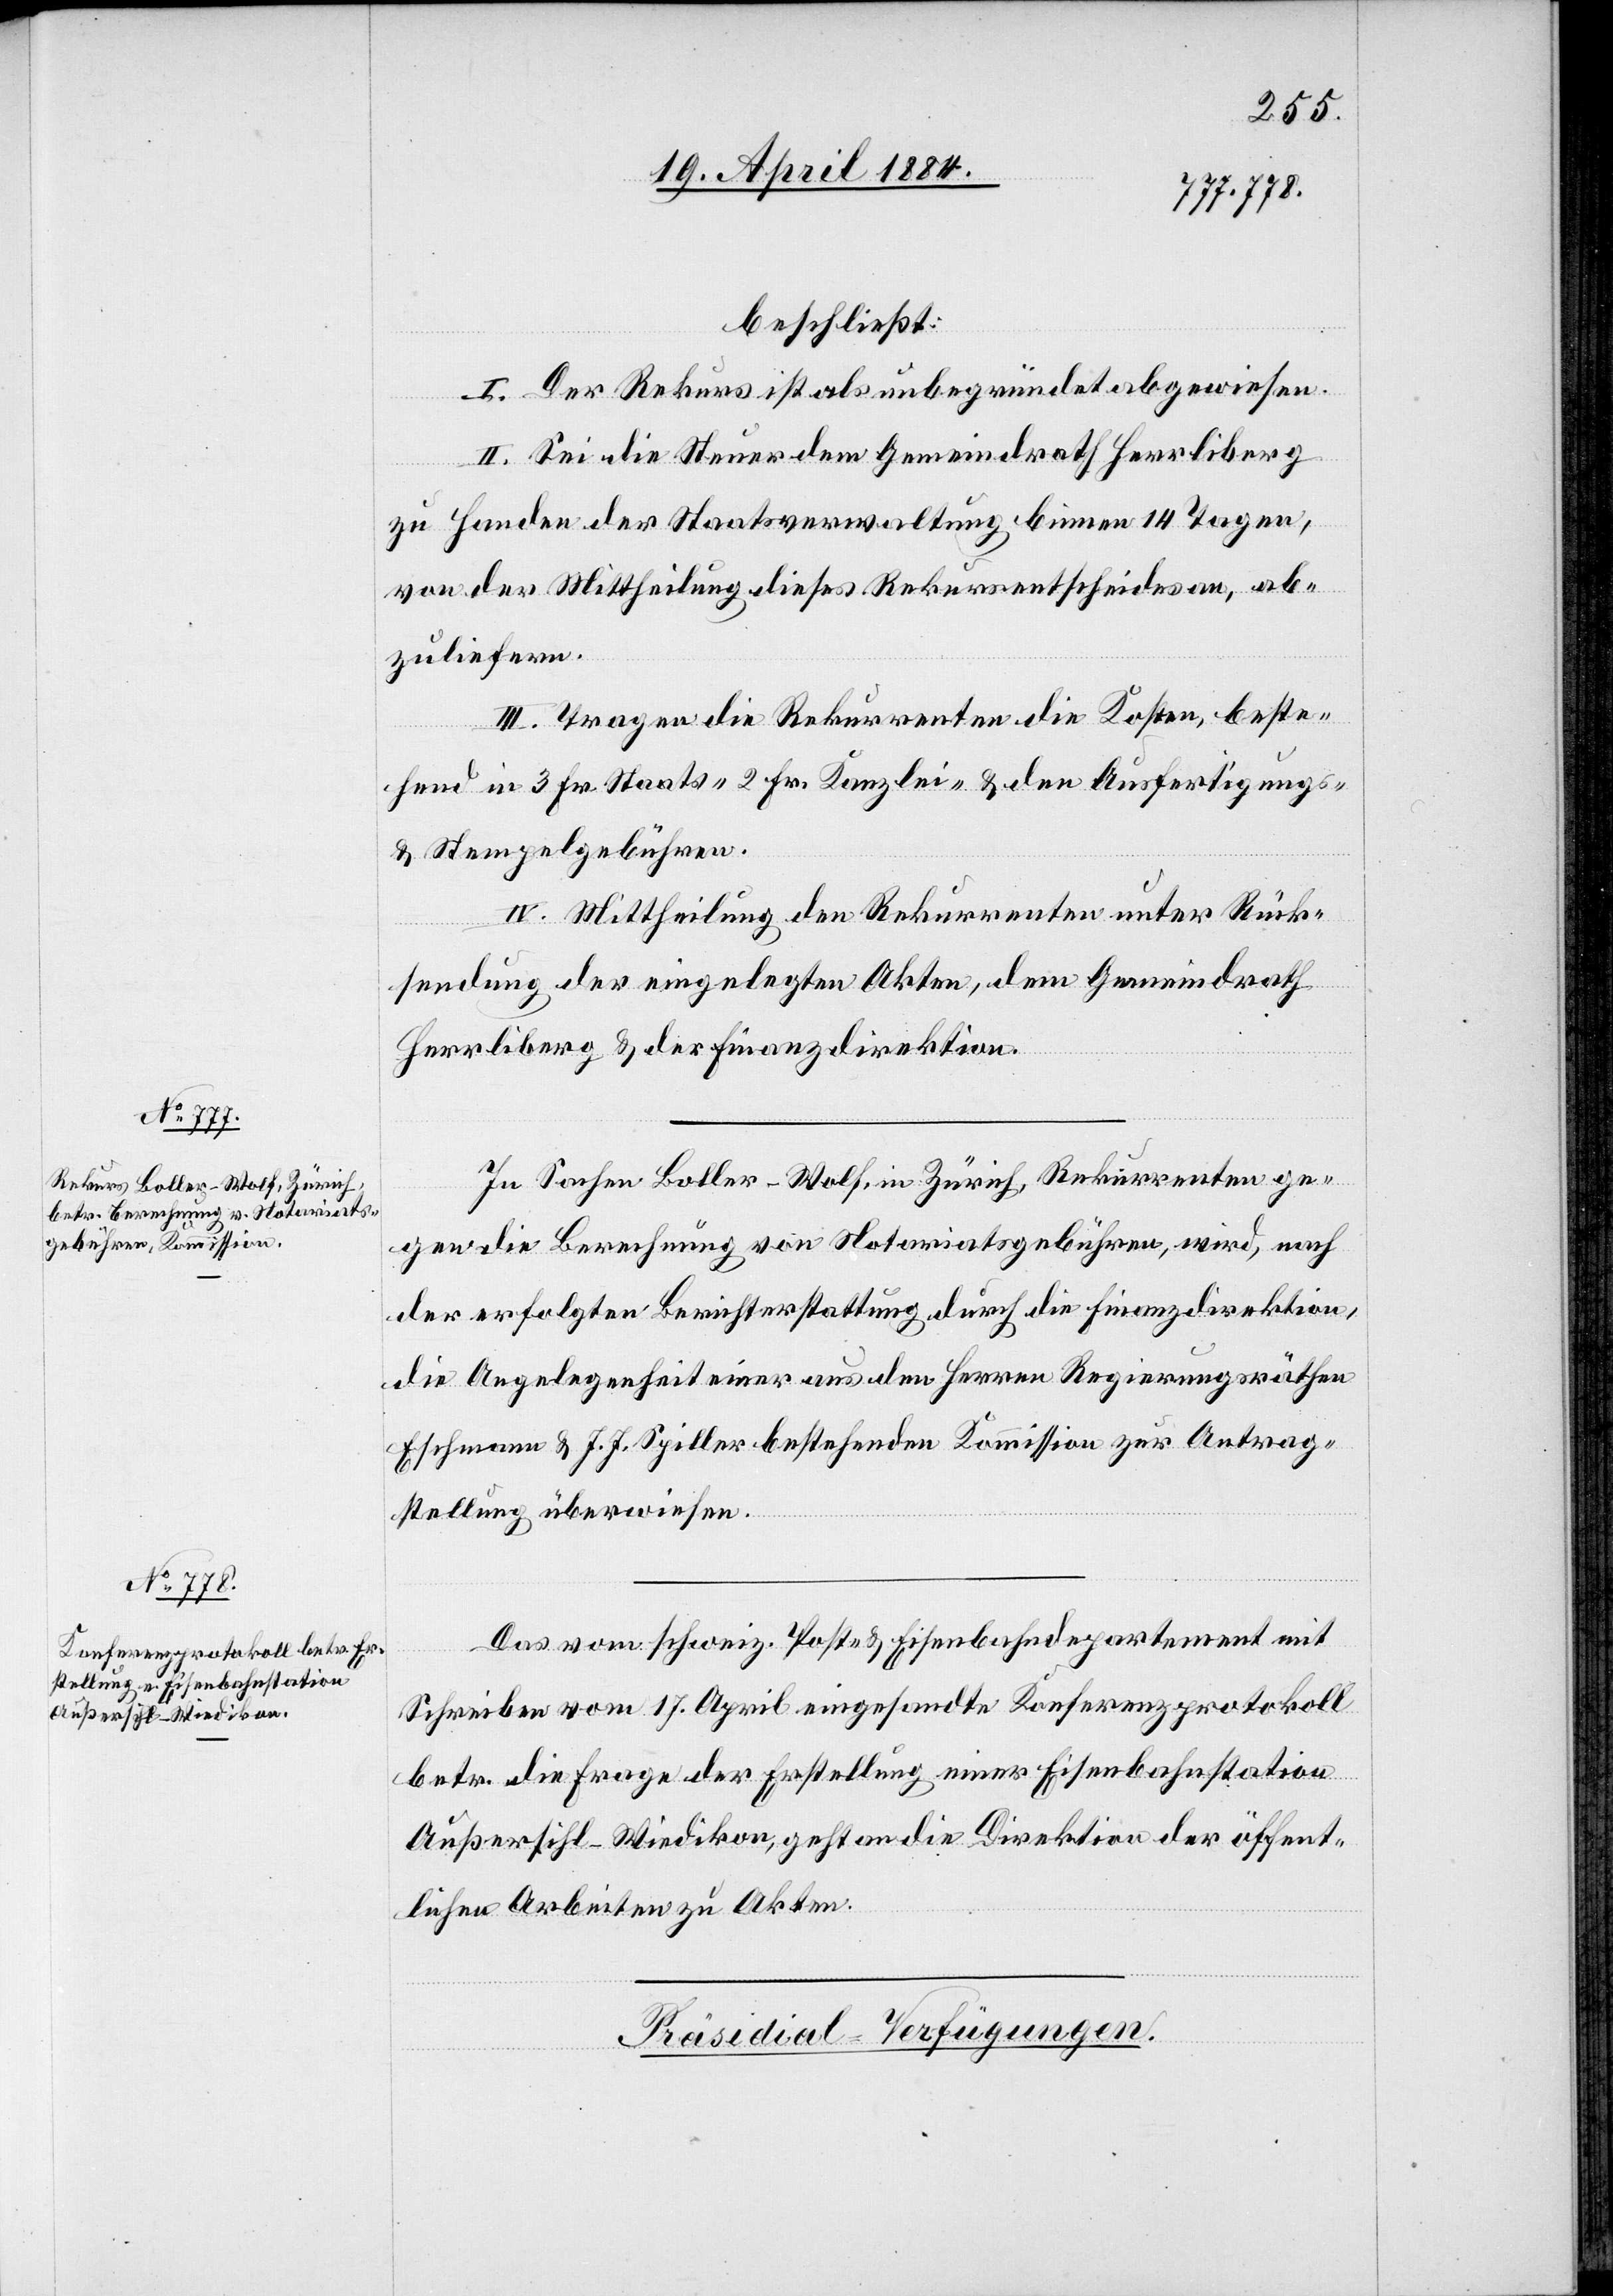
beschließt:
I. Der Rekurs ist als unbegründet abgewiesen.
II. Sei die Steuer dem Gemeindrath Herrliberg
zu Handen der Staatsverwaltung binnen 14 Tagen,
von der Mittheilung dieses Rekursentscheides an, ab¬
zuliefern.
III. Tragen die Rekurrenten die Kosten, beste¬
hend in 3 Fr. Staats-[,] 2 Fr. Kanzlei- & den Ausfertigungs-
& Stempelgebühren.
IV. Mittheilung den Rekurrenten unter Rück¬
sendung der eingelegten Akten, dem Gemeindrath
Herrliberg & der Finanzdirektion.
In Sachen Boller-Wolf, in Zürich, Rekurrenten ge¬
gen die Berechnung von Notariatsgebühren, wird, nach
der erfolgten Berichterstattung durch die Finanzdirektion,
die Angelegenheit einer aus den Herren Regierungsräthen
Eschmann & J. J. Spiller bestehenden Kommission zur Antrag¬
stellung überwiesen.
Das vom schweiz. Post- & Eisenbahndepartement mit
Schreiben vom 17. April eingesandte Konferenzprotokoll
betr. die Frage der Erstellung einer Eisenbahnstation
Außersihl-Wiedikon, geht an die Direktion der öffent¬
lichen Arbeiten zu den Akten.
Präsidial-Verfügungen.